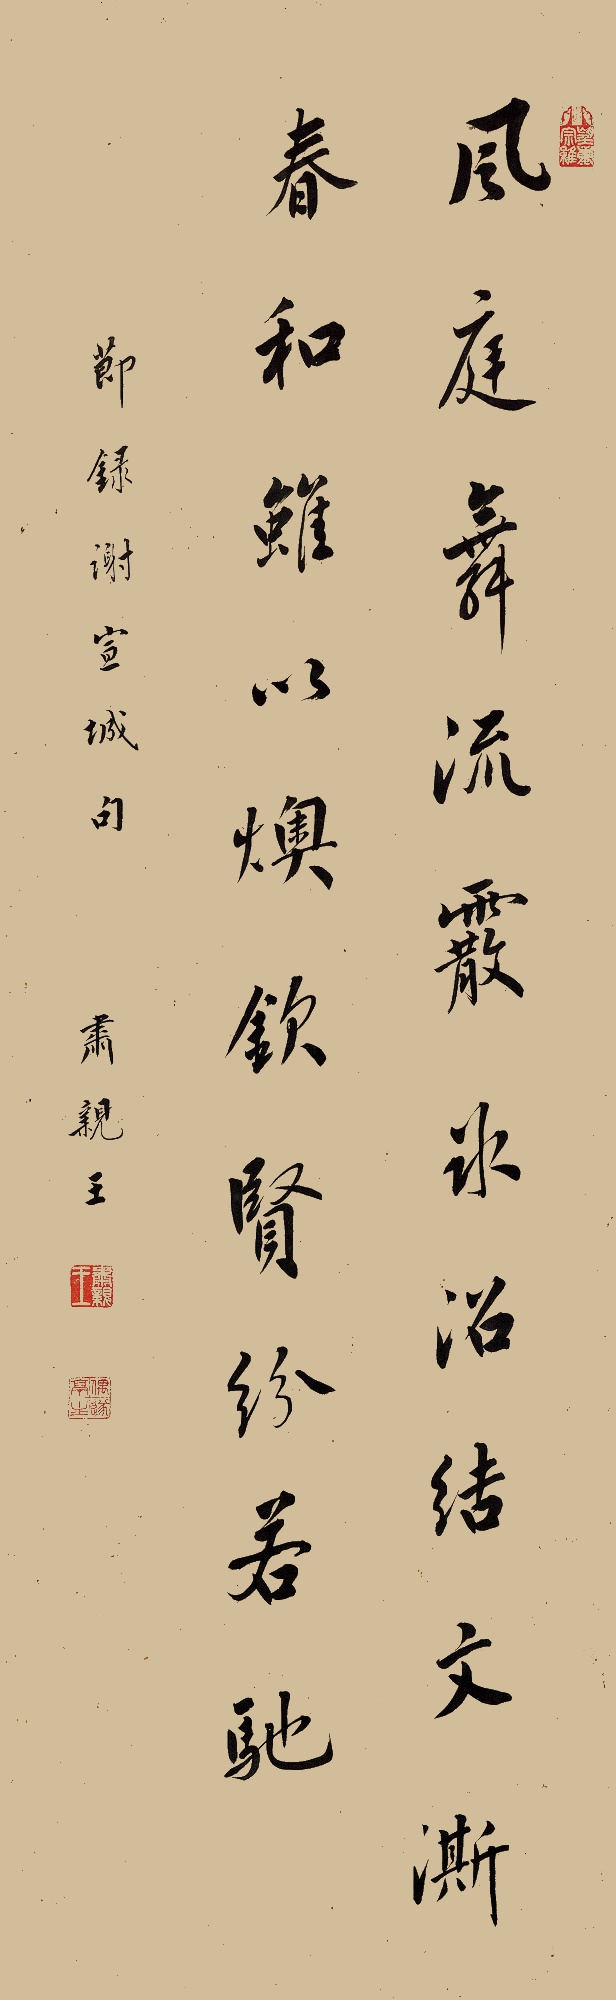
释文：风庭舞流霰，冰沼结文澌。饮春虽以燠，钦贤纷若驰。节录谢宣城句。肃亲王。